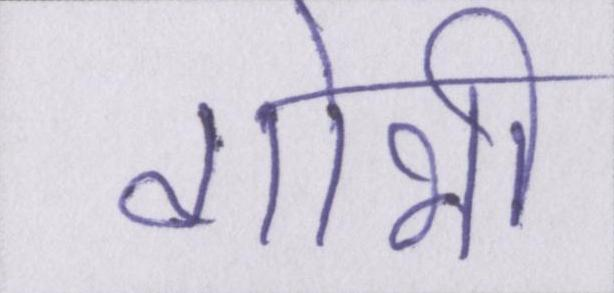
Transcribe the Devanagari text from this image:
गोभी